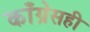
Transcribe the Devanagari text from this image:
काँग्रेसही